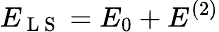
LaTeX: E_{\mathrm{~L~S~}}=E_{0}+E^{(2)}